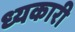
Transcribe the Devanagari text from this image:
ध्यकारी